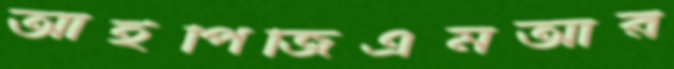
আইপিজিএমআর